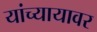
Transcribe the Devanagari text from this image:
यांच्यायावर